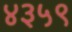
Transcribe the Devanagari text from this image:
४३५९